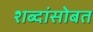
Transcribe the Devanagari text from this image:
शब्दांसोबत